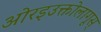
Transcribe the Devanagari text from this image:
ओरइउक्तोलागूस्